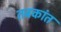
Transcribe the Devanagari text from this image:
तबकांत